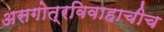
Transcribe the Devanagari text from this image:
असगोत्रविवाहाचीच